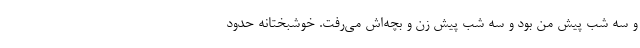
و سه شب پیش من بود و سه شب پیش زن و بچه‌اش می‌رفت. خوشبختانه حدود